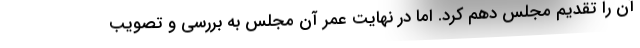
آن را تقدیم مجلس دهم کرد. اما در نهایت عمر آن مجلس به بررسی و تصویب